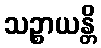
သဉ္စာယန္တိ